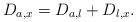
LaTeX: \begin{align*} D_{a,x}=D_{a,l}+D_{l,x}.\end{align*}